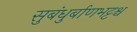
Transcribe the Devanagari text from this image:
सुबंधुर्बाणभट्टश्च